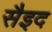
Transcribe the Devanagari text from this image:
सैइद